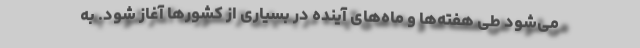
می‌شود طی هفته‌ها و ماه‌های آینده در بسیاری از کشورها آغاز شود. به